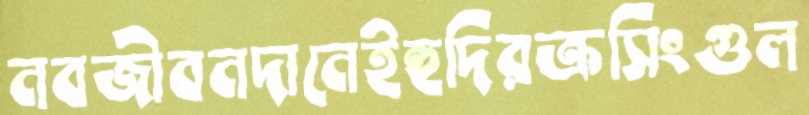
নবজীবনদানেইহুদিরক্রসিংগুল